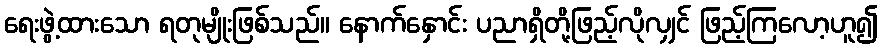
ရေးဖွဲ့ထားသော ရတုမျိုးဖြစ်သည်။ နောက်နှောင်း ပညာရှိတို့ဖြည့်လိုလျှင် ဖြည့်ကြလော့ဟူ၍